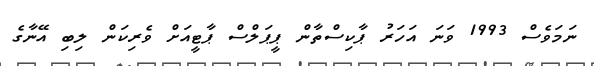
ނަމަވެސް 1993 ވަނަ އަހަރު ޕާކިސްތާން ޕީޕަލްސް ޕާޓީއަށް ވެރިކަން ލިބި އޭނާގެ